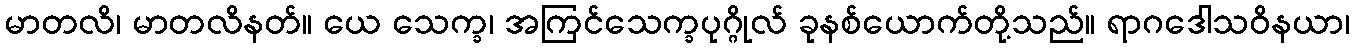
မာတလိ၊ မာတလိနတ်။ ယေ သေက္ခ၊ အကြင်သေက္ခပုဂ္ဂိုလ် ခုနစ်ယောက်တို့သည်။ ရာဂဒေါသဝိနယာ၊